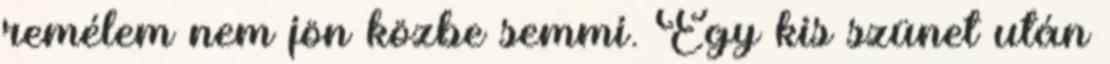
remélem nem jön közbe semmi. Egy kis szünet után